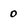
Character: O